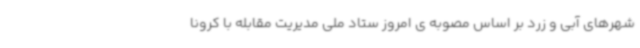
شهرهای آبی و زرد بر اساس مصوبه ی امروز ستاد ملی مدیریت مقابله با کرونا